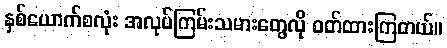
နှစ်ယောက်စလုံး အလုပ်ကြမ်းသမားတွေလို ဝတ်ထားကြတယ်။